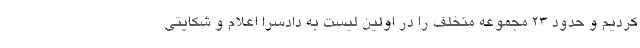
کردیم و حدود ۲۳ مجموعه متخلف را در اولین لیست به دادسرا اعلام و شکایتی